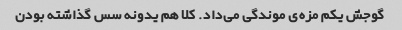
گوجش یکم مزه‌ی موندگی می‌داد. کلا هم یدونه سس گذاشته بودن